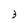
Character: 3